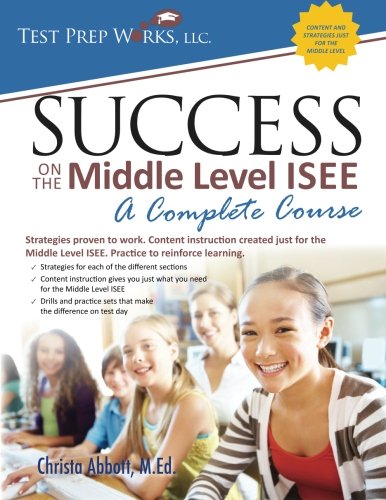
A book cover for Success on the Middle Level ISEE: A Complete Course; Christa Abbott M.Ed.; Test Preparation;